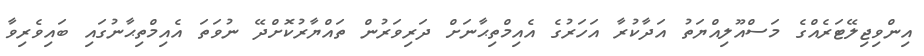
އިންވިޖިލޭޓަރެއްގެ މަސްއޫލިއްޔަތު އަދާކުރާ އަހަރުގެ އެއިމްތިޙާނަށް ދަރިވަރުން ތައްޔާރުކޮށްދޭ ނުވަތަ އެއިމްތިޙާނުގައި ބައިވެރިވާ